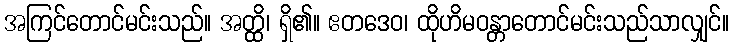
အကြင်တောင်မင်းသည်။ အတ္ထိ၊ ရှိ၏။ ဧတဒေဝ၊ ထိုဟိမဝန္တာတောင်မင်းသည်သာလျှင်။